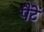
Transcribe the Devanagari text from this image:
पैंटें